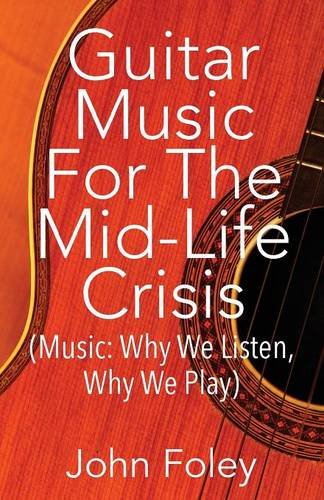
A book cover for Guitar Music for the Mid-Life Crisis: (Music: Why We Listen, Why We Play); John Foley; Self-Help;